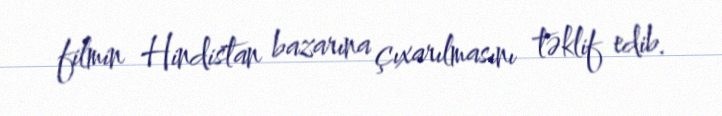
filmin Hindistan bazarına çıxarılmasını təklif edib.